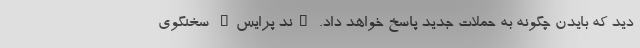
دید که بایدن چگونه به حملات جدید پاسخ خواهد داد. "ند پرایس" سخنگوی